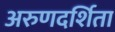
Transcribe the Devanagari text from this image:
अरुणदर्शिता